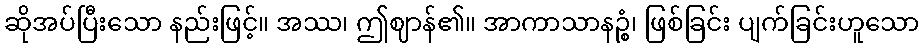
ဆိုအပ်ပြီးသော နည်းဖြင့်။ အဿ၊ ဤဈာန်၏။ အာကာသာနဉ္စံ၊ ဖြစ်ခြင်း ပျက်ခြင်းဟူသော